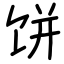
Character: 饼